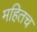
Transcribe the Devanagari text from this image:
महितच